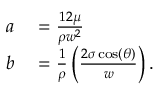
\begin{array} { r l } { a } & { { } = \frac { 1 2 \mu } { \rho w ^ { 2 } } } \\ { b } & { { } = \frac { 1 } { \rho } \left( \frac { 2 \sigma \cos ( \theta ) } { w } \right) . } \end{array}